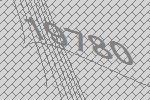
19780